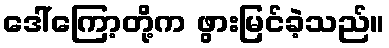
ဒေါ်ကြော့တို့က ဖွားမြင်ခဲ့သည်။